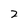
Character: 2